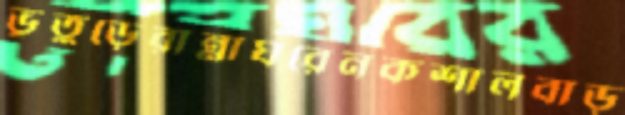
ভূতুড়েরান্নাঘরেনকশালবাড়